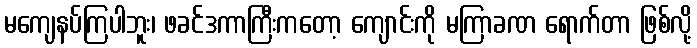
မကျေနပ်ကြပါဘူး၊ ဖခင်ဒကာကြီးကတော့ ကျောင်းကို မကြာခဏ ရောက်တာ ဖြစ်လို့